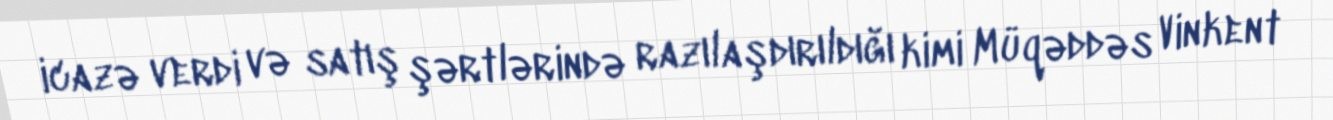
icazə verdi və satış şərtlərində razılaşdırıldığı kimi Müqəddəs Vinkent